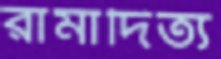
রামাদিত্য